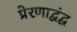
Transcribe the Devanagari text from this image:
प्रेरणाद्वंद्व